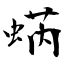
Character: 蜹